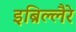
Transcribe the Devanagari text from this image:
इब्रिल्लैरे